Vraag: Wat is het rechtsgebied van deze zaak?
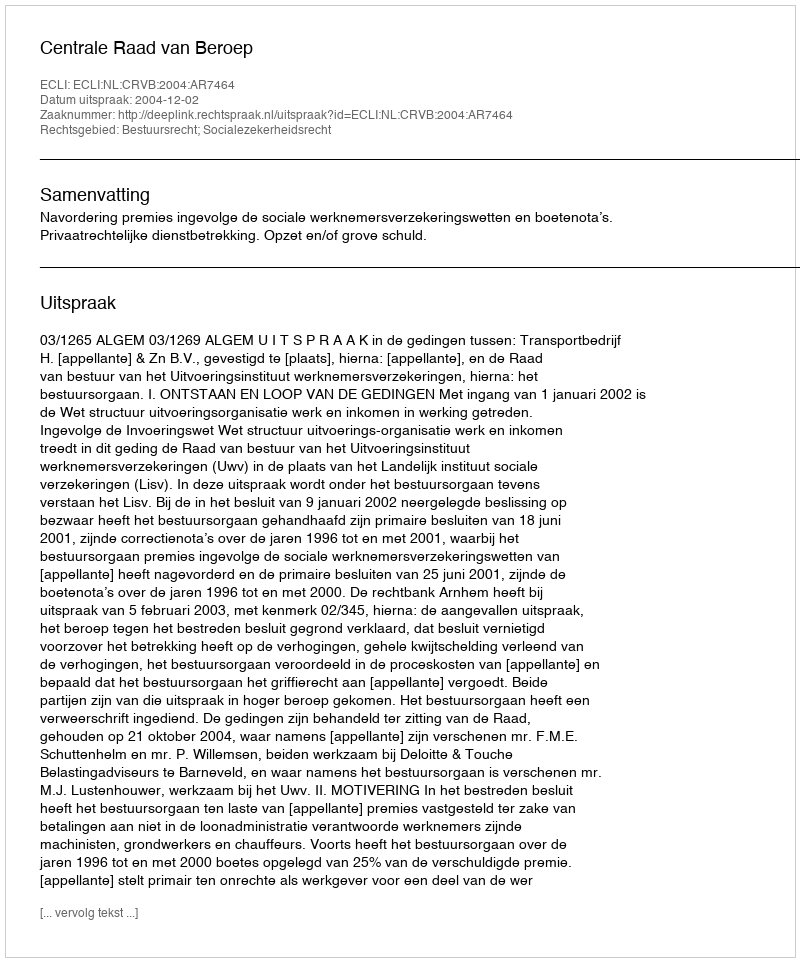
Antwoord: Bestuursrecht; Socialezekerheidsrecht